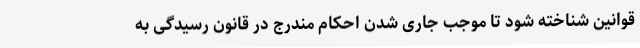
قوانین شناخته شود تا موجب جاری شدن احکام مندرج در قانون رسیدگی به